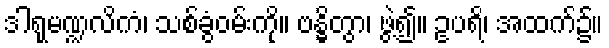
ဒါရုမဏ္ဍလိကံ၊ သစ်ခွံဝမ်းကို။ ဗန္ဓိတွာ၊ ဖွဲ့၍။ ဥပရိ၊ အထက်၌။